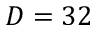
D = 3 2